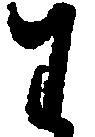
わ